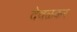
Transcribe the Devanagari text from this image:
देवळकर